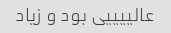
عالییییی بود و زیاد